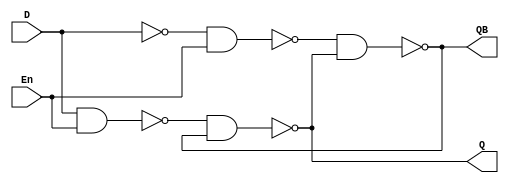
`timescale 1ns/100ps


module D_Latch(Q, QB, D, En);
	output 	Q, QB;
	input	D, En;
	wire	DB, W1, W2;
	
	not		#(05)not1(DB, D);
	nand	#(10)nand1(W1, D, En);
	nand	#(10)nand2(W2, DB, En);
	nand	#(10)nand3(Q, W1, QB);
	nand	#(10)nand4(QB, W2, Q);
endmodule

module D_MS_FF(Q, QB, D, CLK);
	output	Q, QB;
	input	D, CLK;
	wire	Y, CLKB;
	
	not		#(05)not1(CLKB, CLK);
	D_Latch	master(Y, , D, CLK);
	D_Latch	slave(Q, , Y, CLKB);
endmodule

module t_D_MS_FF;
	wire	Q, QB;
	reg		D, CLK;
	integer	k;
	
	D_MS_FF	M1(Q, , D, CLK);
	
	initial begin
		CLK = 1;
		D = 1;
		
		#70 D = 0; #30 CLK = 0; #100 CLK = 1;
		#50 D = 0; #50 CLK = 0; #100 CLK = 1;
		#30 D = 1; #70 CLK = 0; #100 CLK = 1;
		#60 D = 0; #40 CLK = 0; #100 CLK = 1;
		#90 D = 1; #10 CLK = 0; #100 CLK = 1; #100 CLK = 0;
		#50 D = 0; #50 CLK = 1; #100 CLK = 0;
		#1 D = 1; #91 CLK = 1;
	end
	initial #2000 $finish;
	initial $dumpvars;
endmodule